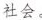
社会。